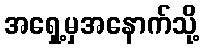
အရှေ့မှအနောက်သို့